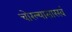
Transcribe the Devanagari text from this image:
चोरल्यासारखं